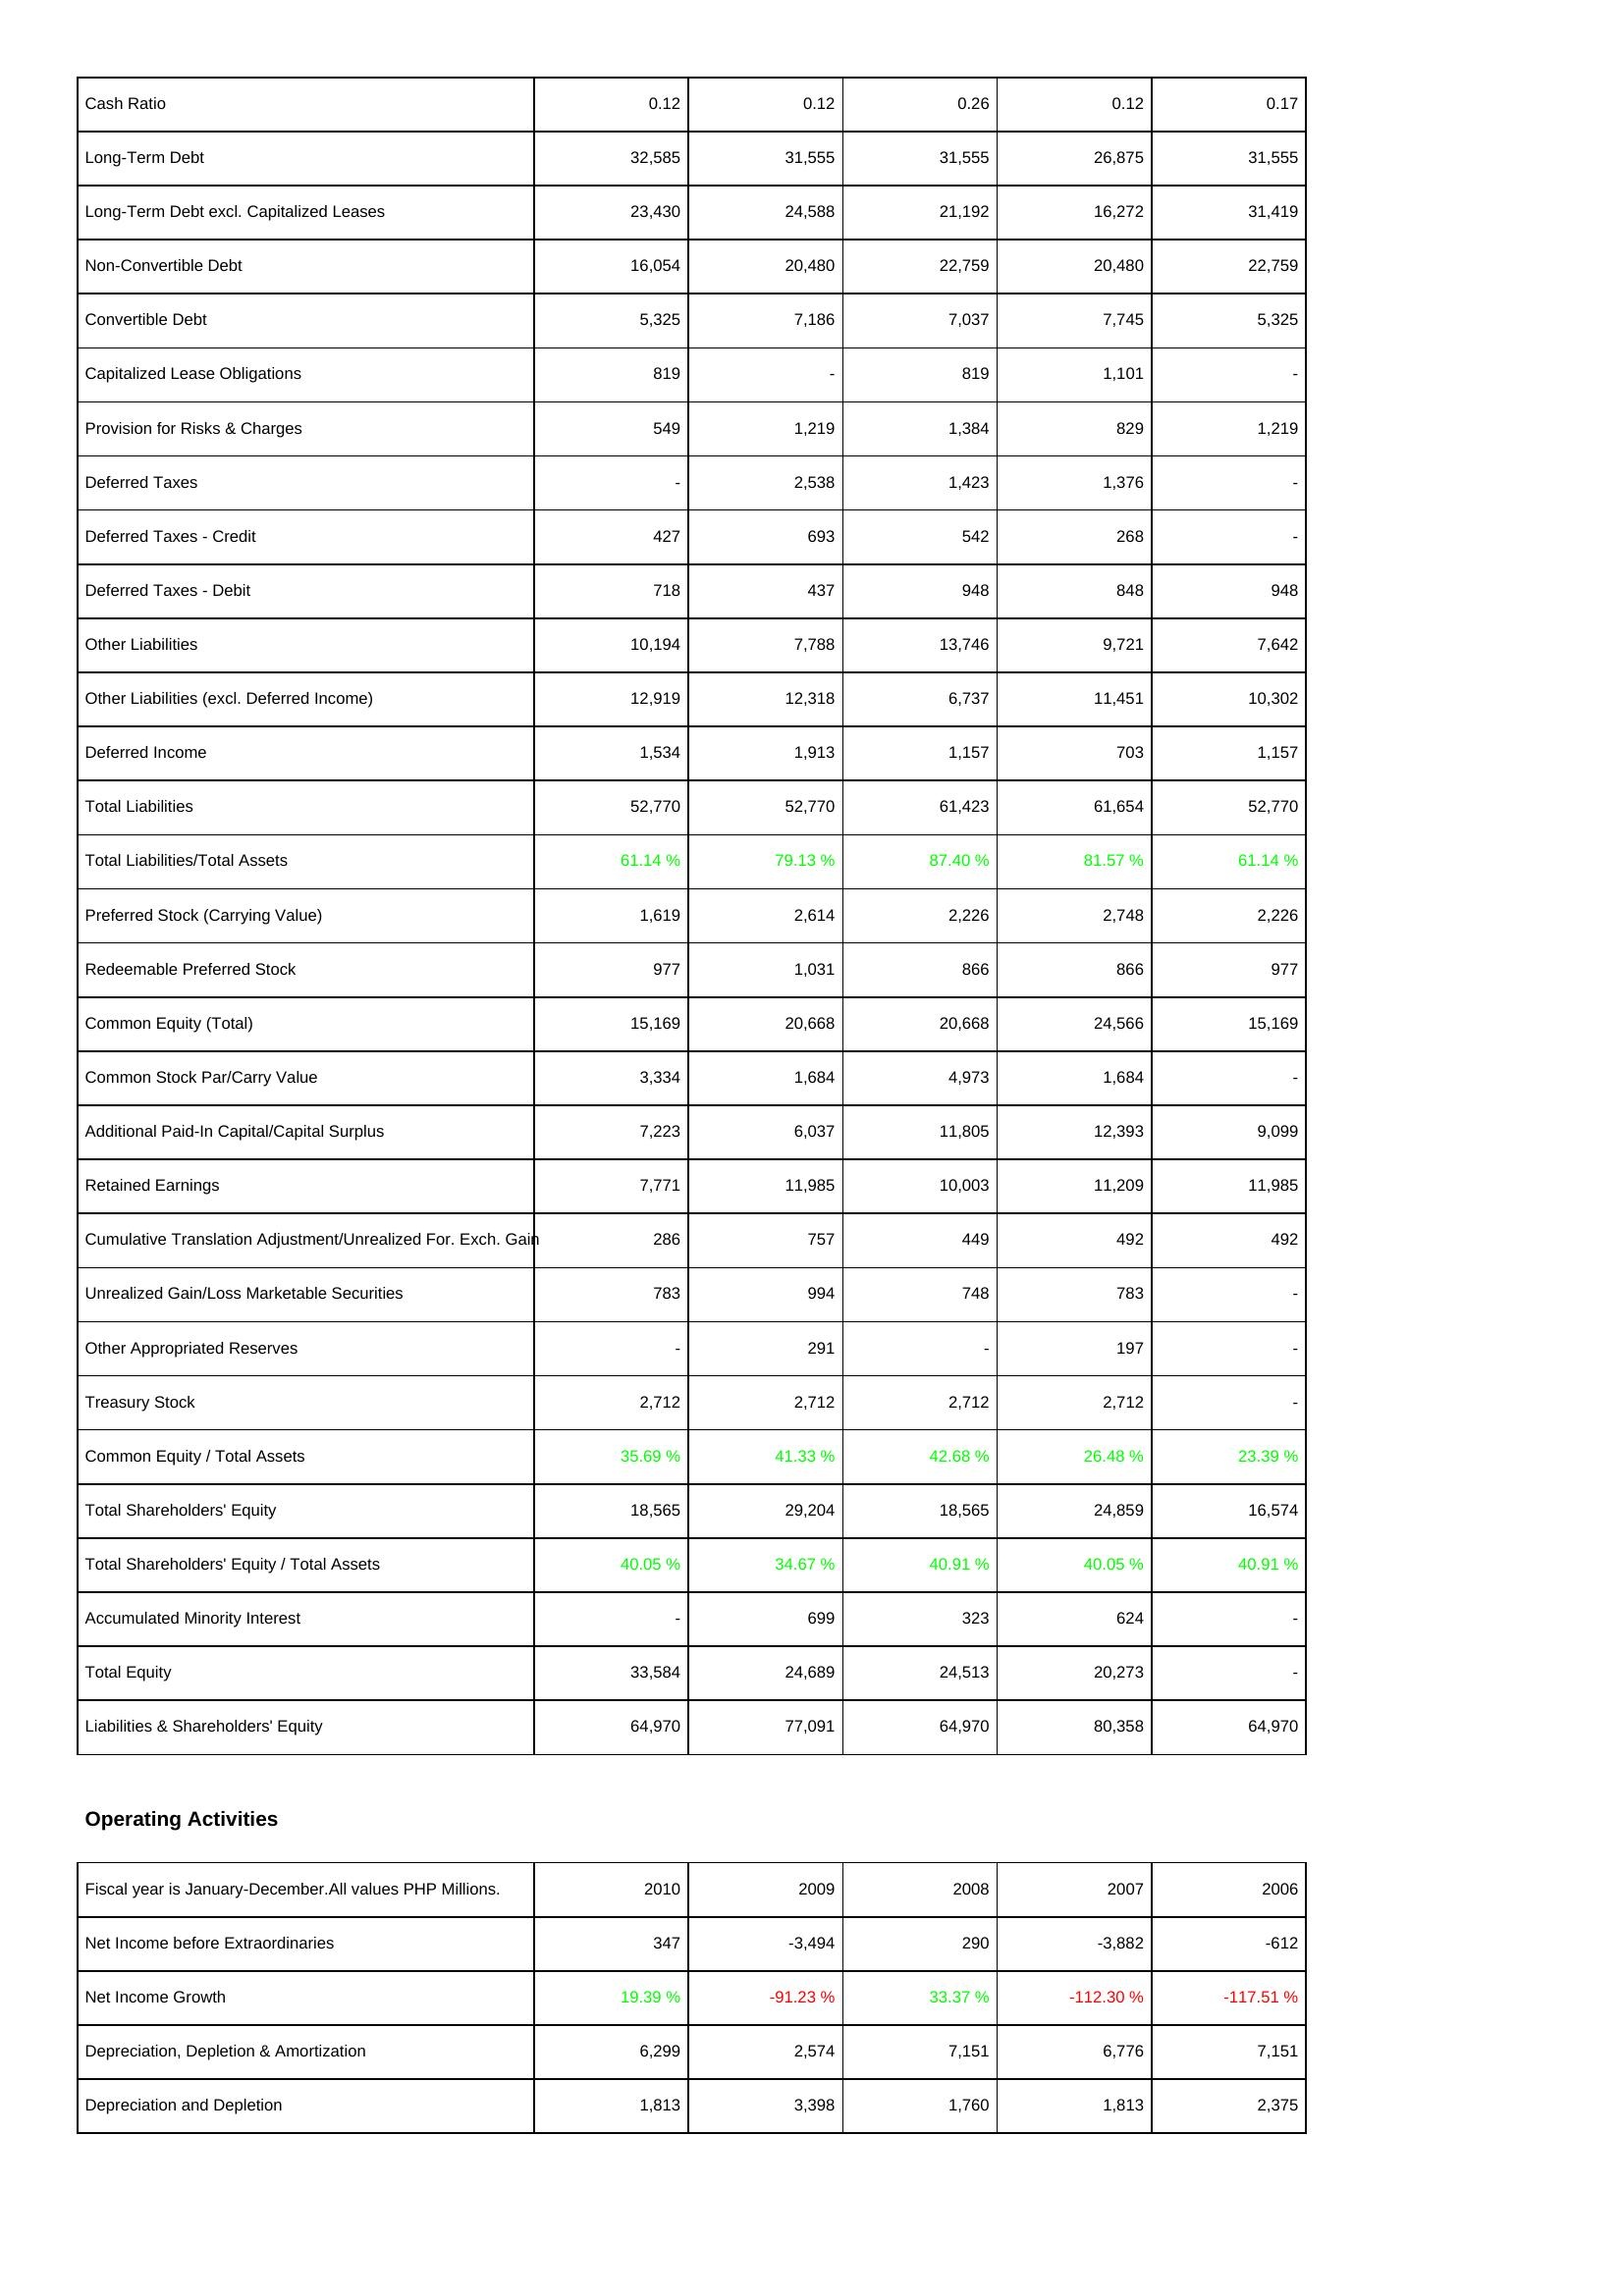
2010: Liabilities & Shareholders' Equity: Cash Ratio: 0.12
Long-Term Debt: 32,585
Long-Term Debt excl. Capitalized Leases: 23,430
Non-Convertible Debt: 16,054
Convertible Debt: 5,325
Capitalized Lease Obligations: 819
Provision for Risks & Charges: 549
Deferred Taxes: -
Deferred Taxes - Credit: 427
Deferred Taxes - Debit: 718
Other Liabilities: 10,194
Other Liabilities (excl. Deferred Income): 12,919
Deferred Income: 1,534
Total Liabilities: 52,770
Total Liabilities/Total Assets: 61.14 %
Preferred Stock (Carrying Value): 1,619
Redeemable Preferred Stock: 977
Common Equity (Total): 15,169
Common Stock Par/Carry Value: 3,334
Additional Paid-In Capital/Capital Surplus: 7,223
Retained Earnings: 7,771
Cumulative Translation Adjustment/Unrealized For. Exch. Gain: 286
Unrealized Gain/Loss Marketable Securities: 783
Other Appropriated Reserves: -
Treasury Stock: 2,712
Common Equity / Total Assets: 35.69 %
Total Shareholders' Equity: 18,565
Total Shareholders' Equity / Total Assets: 40.05 %
Accumulated Minority Interest: -
Total Equity: 33,584
Liabilities & Shareholders' Equity: 64,970
Operating Activities: Net Income before Extraordinaries: 347
Net Income Growth: 19.39 %
Depreciation, Depletion & Amortization: 6,299
Depreciation and Depletion: 1,813
2009: Liabilities & Shareholders' Equity: Cash Ratio: 0.12
Long-Term Debt: 31,555
Long-Term Debt excl. Capitalized Leases: 24,588
Non-Convertible Debt: 20,480
Convertible Debt: 7,186
Capitalized Lease Obligations: -
Provision for Risks & Charges: 1,219
Deferred Taxes: 2,538
Deferred Taxes - Credit: 693
Deferred Taxes - Debit: 437
Other Liabilities: 7,788
Other Liabilities (excl. Deferred Income): 12,318
Deferred Income: 1,913
Total Liabilities: 52,770
Total Liabilities/Total Assets: 79.13 %
Preferred Stock (Carrying Value): 2,614
Redeemable Preferred Stock: 1,031
Common Equity (Total): 20,668
Common Stock Par/Carry Value: 1,684
Additional Paid-In Capital/Capital Surplus: 6,037
Retained Earnings: 11,985
Cumulative Translation Adjustment/Unrealized For. Exch. Gain: 757
Unrealized Gain/Loss Marketable Securities: 994
Other Appropriated Reserves: 291
Treasury Stock: 2,712
Common Equity / Total Assets: 41.33 %
Total Shareholders' Equity: 29,204
Total Shareholders' Equity / Total Assets: 34.67 %
Accumulated Minority Interest: 699
Total Equity: 24,689
Liabilities & Shareholders' Equity: 77,091
Operating Activities: Net Income before Extraordinaries: -3,494
Net Income Growth: -91.23 %
Depreciation, Depletion & Amortization: 2,574
Depreciation and Depletion: 3,398
2008: Liabilities & Shareholders' Equity: Cash Ratio: 0.26
Long-Term Debt: 31,555
Long-Term Debt excl. Capitalized Leases: 21,192
Non-Convertible Debt: 22,759
Convertible Debt: 7,037
Capitalized Lease Obligations: 819
Provision for Risks & Charges: 1,384
Deferred Taxes: 1,423
Deferred Taxes - Credit: 542
Deferred Taxes - Debit: 948
Other Liabilities: 13,746
Other Liabilities (excl. Deferred Income): 6,737
Deferred Income: 1,157
Total Liabilities: 61,423
Total Liabilities/Total Assets: 87.40 %
Preferred Stock (Carrying Value): 2,226
Redeemable Preferred Stock: 866
Common Equity (Total): 20,668
Common Stock Par/Carry Value: 4,973
Additional Paid-In Capital/Capital Surplus: 11,805
Retained Earnings: 10,003
Cumulative Translation Adjustment/Unrealized For. Exch. Gain: 449
Unrealized Gain/Loss Marketable Securities: 748
Other Appropriated Reserves: -
Treasury Stock: 2,712
Common Equity / Total Assets: 42.68 %
Total Shareholders' Equity: 18,565
Total Shareholders' Equity / Total Assets: 40.91 %
Accumulated Minority Interest: 323
Total Equity: 24,513
Liabilities & Shareholders' Equity: 64,970
Operating Activities: Net Income before Extraordinaries: 290
Net Income Growth: 33.37 %
Depreciation, Depletion & Amortization: 7,151
Depreciation and Depletion: 1,760
2007: Liabilities & Shareholders' Equity: Cash Ratio: 0.12
Long-Term Debt: 26,875
Long-Term Debt excl. Capitalized Leases: 16,272
Non-Convertible Debt: 20,480
Convertible Debt: 7,745
Capitalized Lease Obligations: 1,101
Provision for Risks & Charges: 829
Deferred Taxes: 1,376
Deferred Taxes - Credit: 268
Deferred Taxes - Debit: 848
Other Liabilities: 9,721
Other Liabilities (excl. Deferred Income): 11,451
Deferred Income: 703
Total Liabilities: 61,654
Total Liabilities/Total Assets: 81.57 %
Preferred Stock (Carrying Value): 2,748
Redeemable Preferred Stock: 866
Common Equity (Total): 24,566
Common Stock Par/Carry Value: 1,684
Additional Paid-In Capital/Capital Surplus: 12,393
Retained Earnings: 11,209
Cumulative Translation Adjustment/Unrealized For. Exch. Gain: 492
Unrealized Gain/Loss Marketable Securities: 783
Other Appropriated Reserves: 197
Treasury Stock: 2,712
Common Equity / Total Assets: 26.48 %
Total Shareholders' Equity: 24,859
Total Shareholders' Equity / Total Assets: 40.05 %
Accumulated Minority Interest: 624
Total Equity: 20,273
Liabilities & Shareholders' Equity: 80,358
Operating Activities: Net Income before Extraordinaries: -3,882
Net Income Growth: -112.30 %
Depreciation, Depletion & Amortization: 6,776
Depreciation and Depletion: 1,813
2006: Liabilities & Shareholders' Equity: Cash Ratio: 0.17
Long-Term Debt: 31,555
Long-Term Debt excl. Capitalized Leases: 31,419
Non-Convertible Debt: 22,759
Convertible Debt: 5,325
Capitalized Lease Obligations: -
Provision for Risks & Charges: 1,219
Deferred Taxes: -
Deferred Taxes - Credit: -
Deferred Taxes - Debit: 948
Other Liabilities: 7,642
Other Liabilities (excl. Deferred Income): 10,302
Deferred Income: 1,157
Total Liabilities: 52,770
Total Liabilities/Total Assets: 61.14 %
Preferred Stock (Carrying Value): 2,226
Redeemable Preferred Stock: 977
Common Equity (Total): 15,169
Common Stock Par/Carry Value: -
Additional Paid-In Capital/Capital Surplus: 9,099
Retained Earnings: 11,985
Cumulative Translation Adjustment/Unrealized For. Exch. Gain: 492
Unrealized Gain/Loss Marketable Securities: -
Other Appropriated Reserves: -
Treasury Stock: -
Common Equity / Total Assets: 23.39 %
Total Shareholders' Equity: 16,574
Total Shareholders' Equity / Total Assets: 40.91 %
Accumulated Minority Interest: -
Total Equity: -
Liabilities & Shareholders' Equity: 64,970
Operating Activities: Net Income before Extraordinaries: -612
Net Income Growth: -117.51 %
Depreciation, Depletion & Amortization: 7,151
Depreciation and Depletion: 2,375